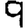
Digit: 9